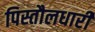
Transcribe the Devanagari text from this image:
पिस्तौलधारी